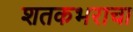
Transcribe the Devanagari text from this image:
शतकभराचा